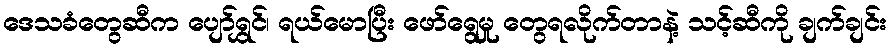
ဒေသခံတွေဆီက ပျော်ရွှင်၊ ရယ်မောပြီး ဖော်ရွေမှု တွေရလိုက်တာနဲ့ သင့်ဆီကို ချက်ချင်း